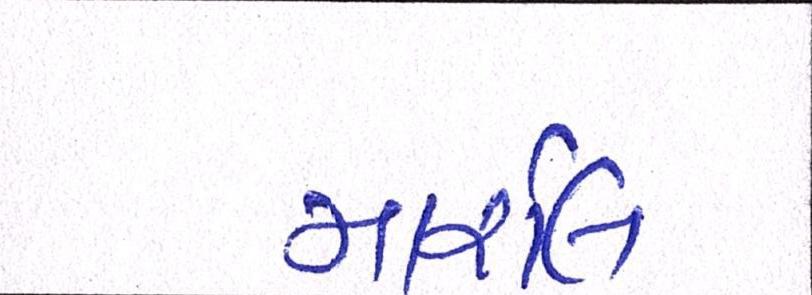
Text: માર્શલ